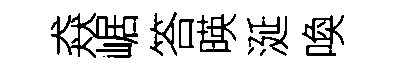
猋崌答暎涎喚